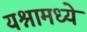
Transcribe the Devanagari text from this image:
यश्नामध्ये